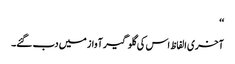
‘‘
آخری الفاظ اس کی گلوگیر آواز میں دب گئے۔